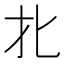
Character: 𰅡